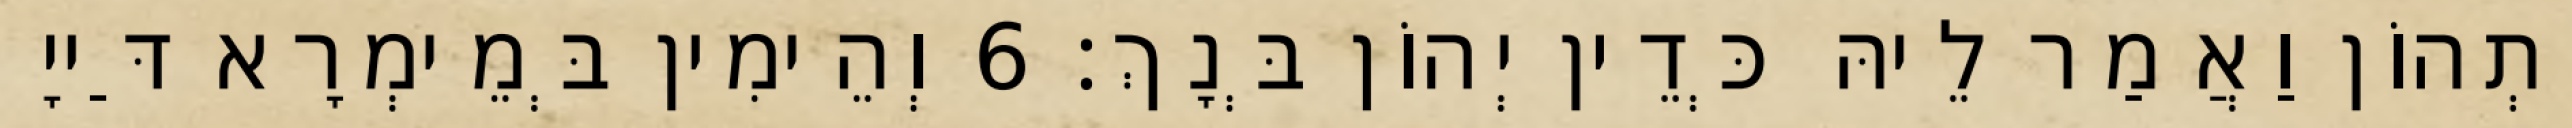
יָתְהוֹן וַאֲמַר לֵיהּ כְּדֵין יְהוֹן בְּנָךְ׃ 6 וְהֵימִין בְּמֵימְרָא דַּייָ